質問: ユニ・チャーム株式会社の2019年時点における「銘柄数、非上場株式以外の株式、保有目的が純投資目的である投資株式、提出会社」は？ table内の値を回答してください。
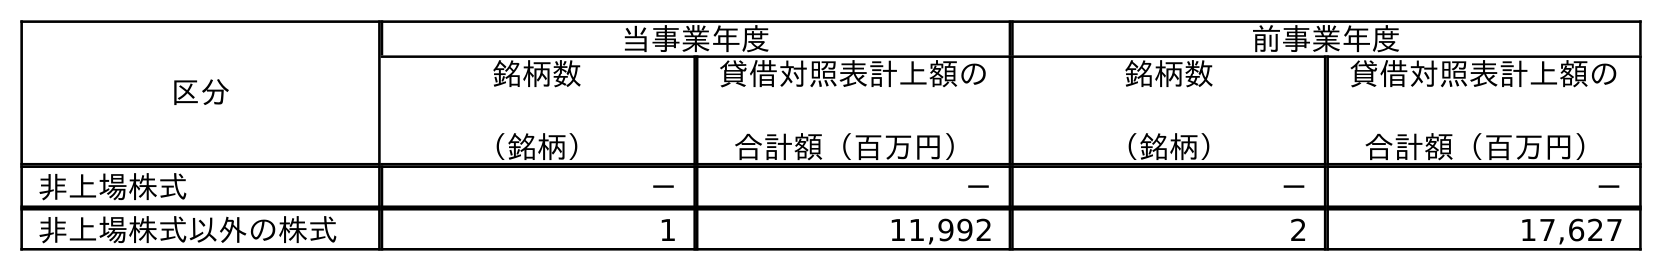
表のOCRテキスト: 区分 当事業年度 前事業年度 銘柄数 （銘柄） 貸借対照表計上額の 合計額（百万円） 銘柄数 （銘柄） 貸借対照表計上額の 合計額（百万円） 非上場株式 － － － － 非上場株式以外の株式 1 11,992 2 17,627
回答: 2